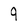
Character: 9